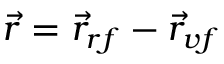
\vec { r } = \vec { r } _ { r f } - \vec { r } _ { v f }